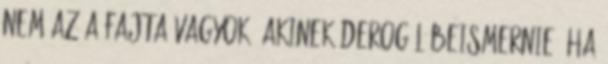
nem az a fajta vagyok, akinek derogál beismernie, ha